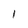
Character: 1